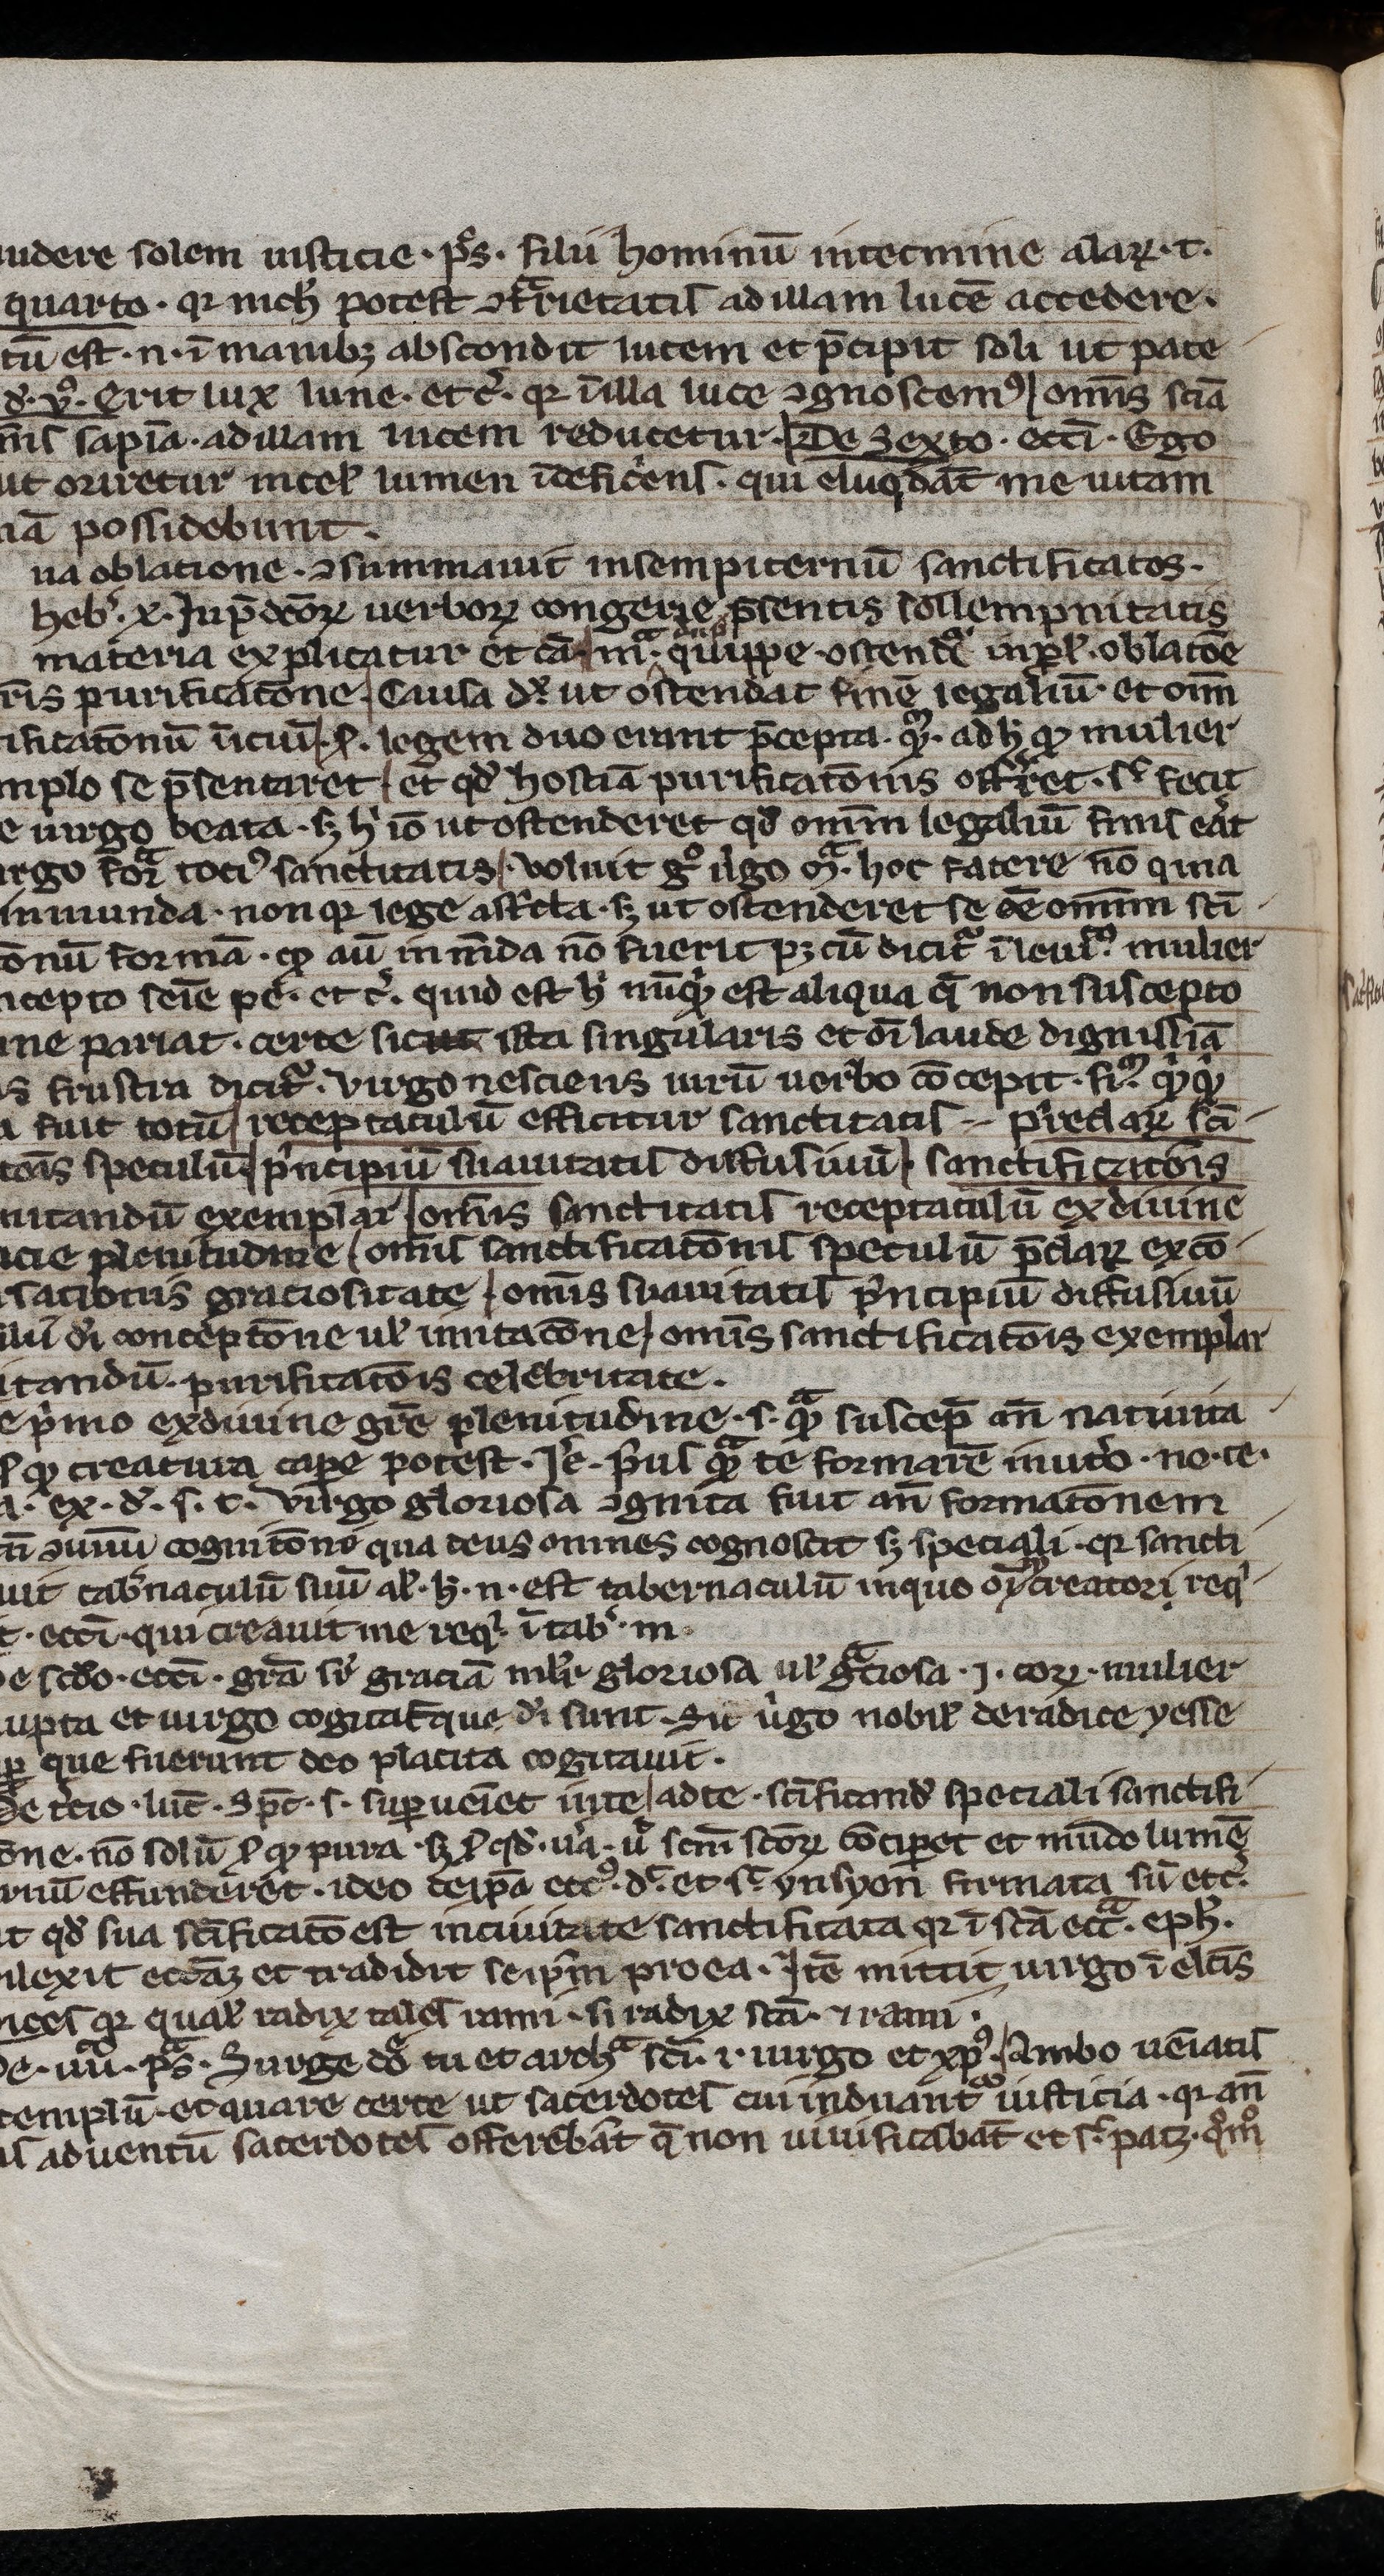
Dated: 1200–1299